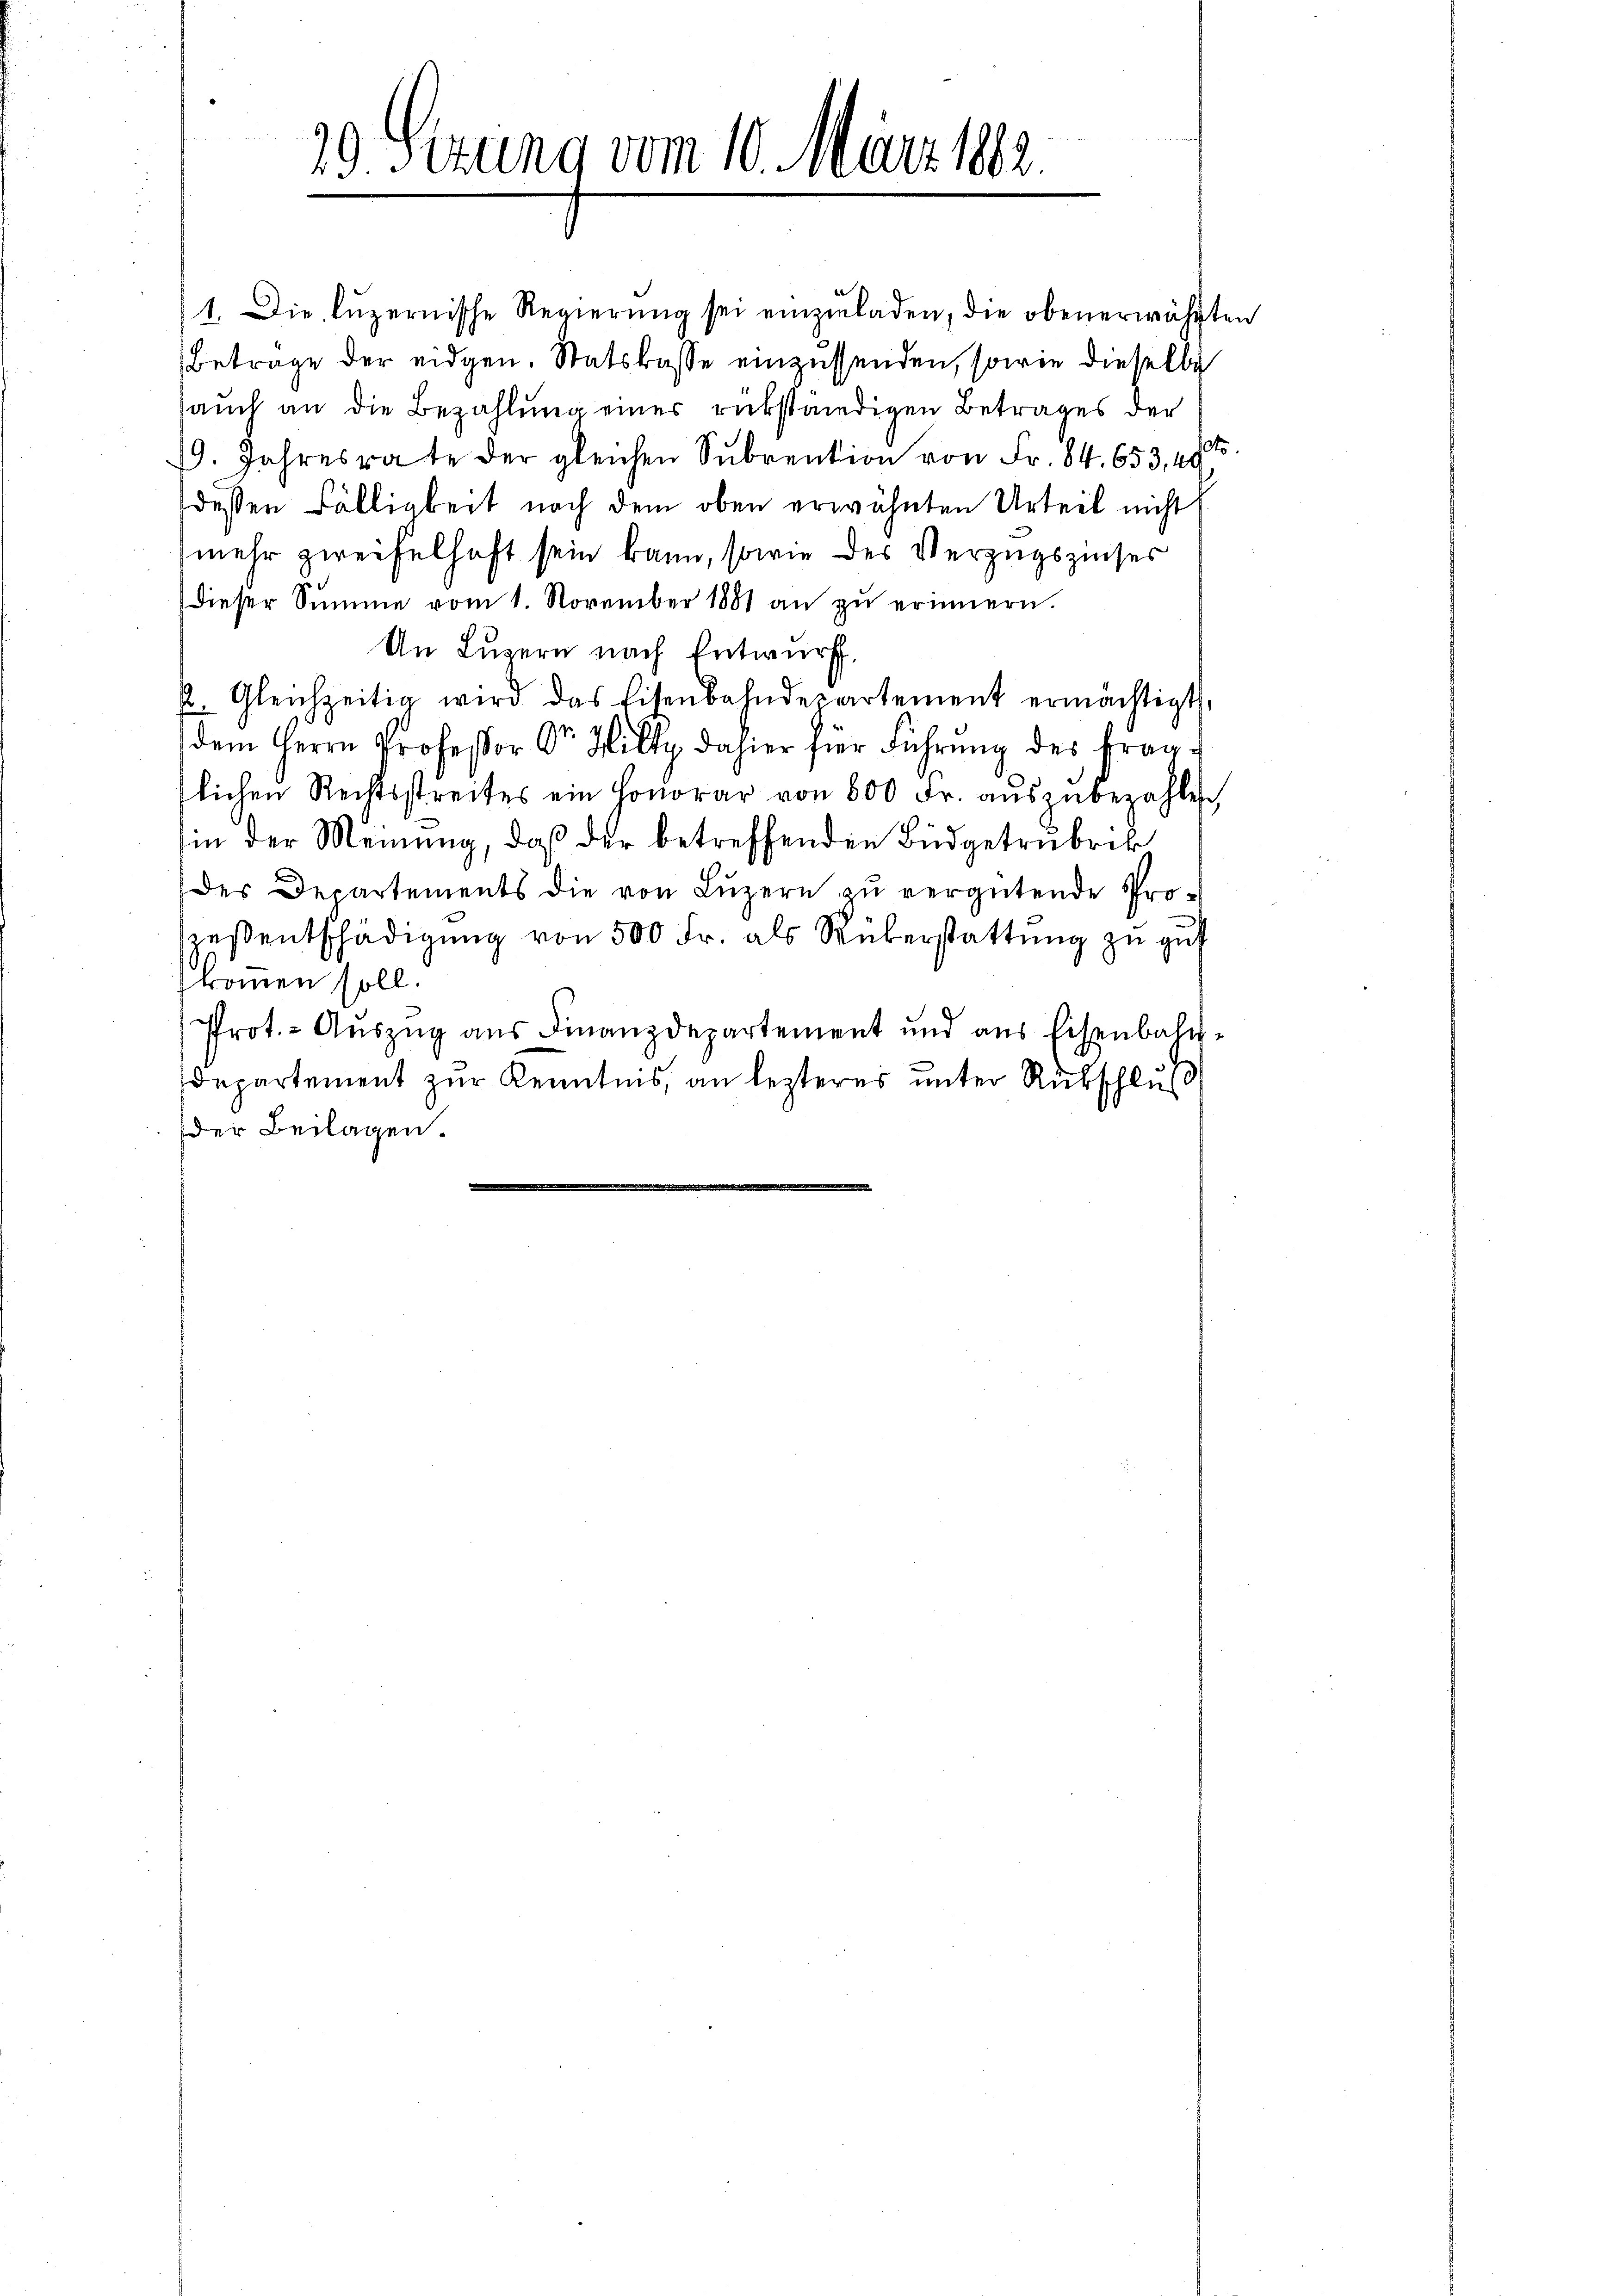
29 Stzung vom 10. März 1882

kommen soll.
der Beilagen.

1. Die luzernische Regierŭng sei einzŭladen, die obenerwähnten
Betrage der eidgen. Statskasse einzusenden, sowie dieselbe
auch an die Bezahlung einer rükständigen Betrages der
dto.
19. Jahresrate der gleichen Subvention von Fr. 84. 653, 49
dessen Fälligkeit nach dem oben erwähnten Urteil nicht
(mehr zweifelhaft sein kann, sowie des Verzugszinses
dieser Summe vom 1. November 1881 an zŭ erinnern.
An Lŭzern nach Entwurf,
2. Gleichzeitig wird das Eisenbahndepartement ermächtigt,
dem Herrn Professor Dr. Hilty dahier für Führŭng des fragtlichen Rechtsstreites ein Honorar von 800 Fr. aŭszŭbezahlen,
in der Meinung, daß der betreffenden Budgetrubrik
des Departements die von Lŭzern zŭ vergütende Pro-
wesentschädigung von 500 Fr. als Rüberstattung zu gut
Prot. - Auszug aus Finanzdepartement und aus Eisenbahn-
departement zur Kenntnis, an lezteres unter Rükschluß